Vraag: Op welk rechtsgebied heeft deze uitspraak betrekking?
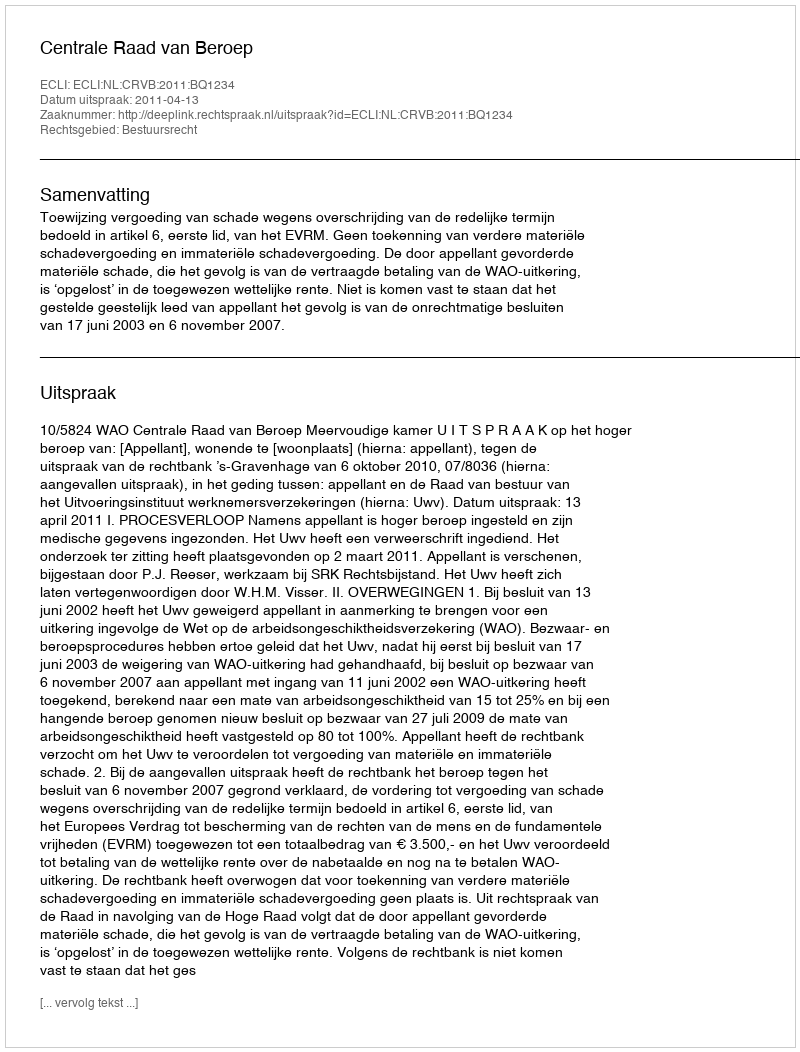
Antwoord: Bestuursrecht